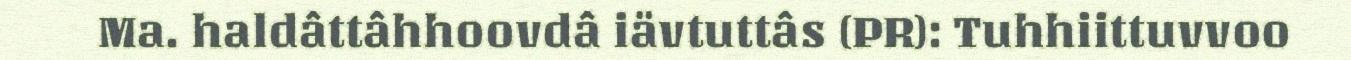
Ma. haldâttâhhoovdâ iävtuttâs (PR): Tuhhiittuvvoo